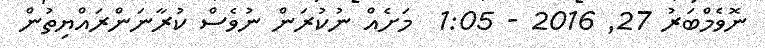
ނޮވެމްބަރު 27